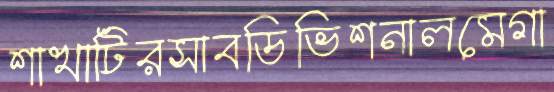
শাখাটিরসাবডিভিশনালমেগা